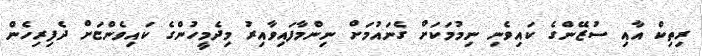
ރިތިކް އާއި ސުޒޭންގެ ކައިވެނި ނިމުމަކަށް ގެނައުމަށް ނިންމާފައިވާއިރު މިދެމީހުންގެ ކައިވެންޏަށް ދެފިރިހެން